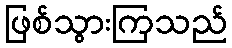
ဖြစ်သွားကြသည်